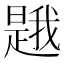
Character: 𭧦